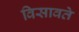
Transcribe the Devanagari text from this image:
विसावते